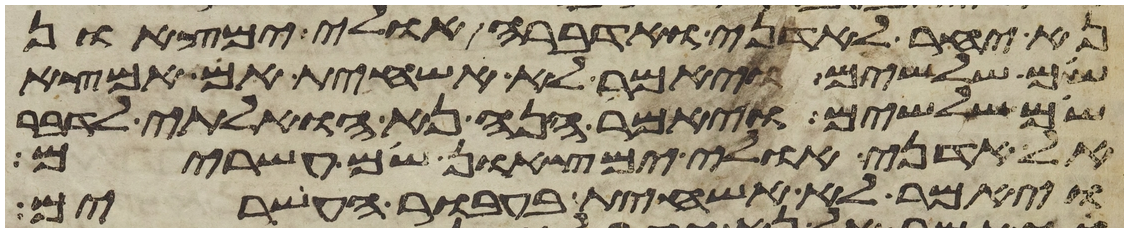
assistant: נא יחר לאדני ואדברה אולי ימצאון
שם שלשים ויאמר לא אשחית אם אמצא
שם שלשים ויאמר הנה נא הואלתי לדבר
אל אדני אולי ימצאון שם עשרים
ויאמר לא אשחית בעבור העשרים